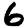
Digit: 6